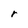
Character: r